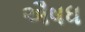
ઐષધ